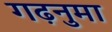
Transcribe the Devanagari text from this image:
गढ़नुमा